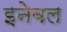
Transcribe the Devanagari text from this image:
इनेबल